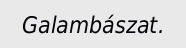
Galambászat.